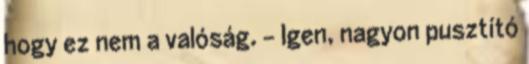
hogy ez nem a valóság. - Igen, nagyon pusztító